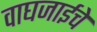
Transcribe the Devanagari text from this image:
वाघजाईचे